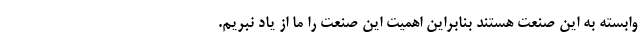
وابسته به این صنعت هستند بنابراین اهمیت این صنعت را ما از یاد نبریم.